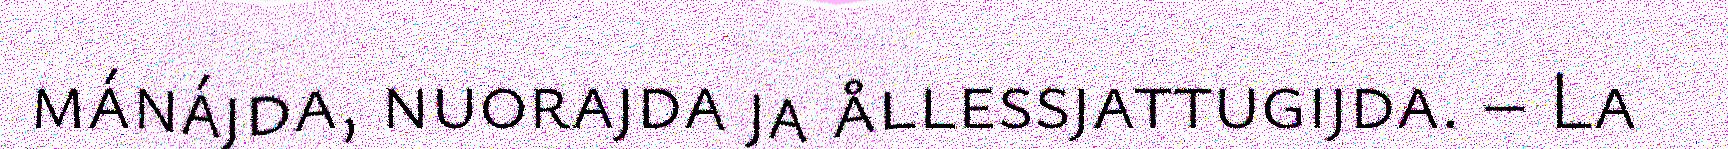
mánájda, nuorajda ja ållessjattugijda. – La